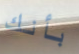
بأنك